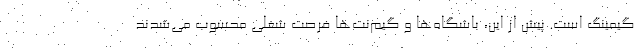
گیمینگ است. پیش از این، باشگاه‌ها و گیم‌نت‌ها فرصت شغلی محسوب می‌شدند